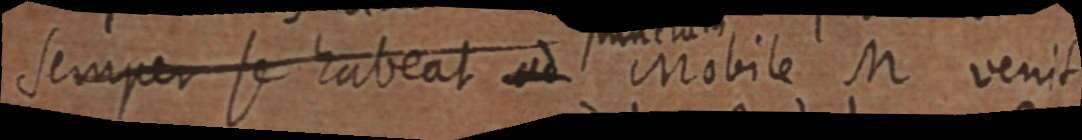
semper se habeat ad Mobile M venit